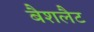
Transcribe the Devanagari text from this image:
बैशलैट